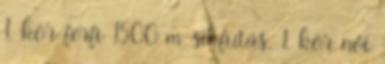
1. kör férfi 1500 m síkfutás, 1. kör női